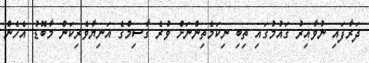
ދަރާފައި ނުވާއިރު ގައުމުގައި ތިބި ނިކަމެތިންނަށް ވުރެ ގާސިމްގެ އަނިޔާވެރިކަން މާބޮޑު އެހެން